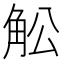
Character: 䚗